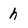
Character: h